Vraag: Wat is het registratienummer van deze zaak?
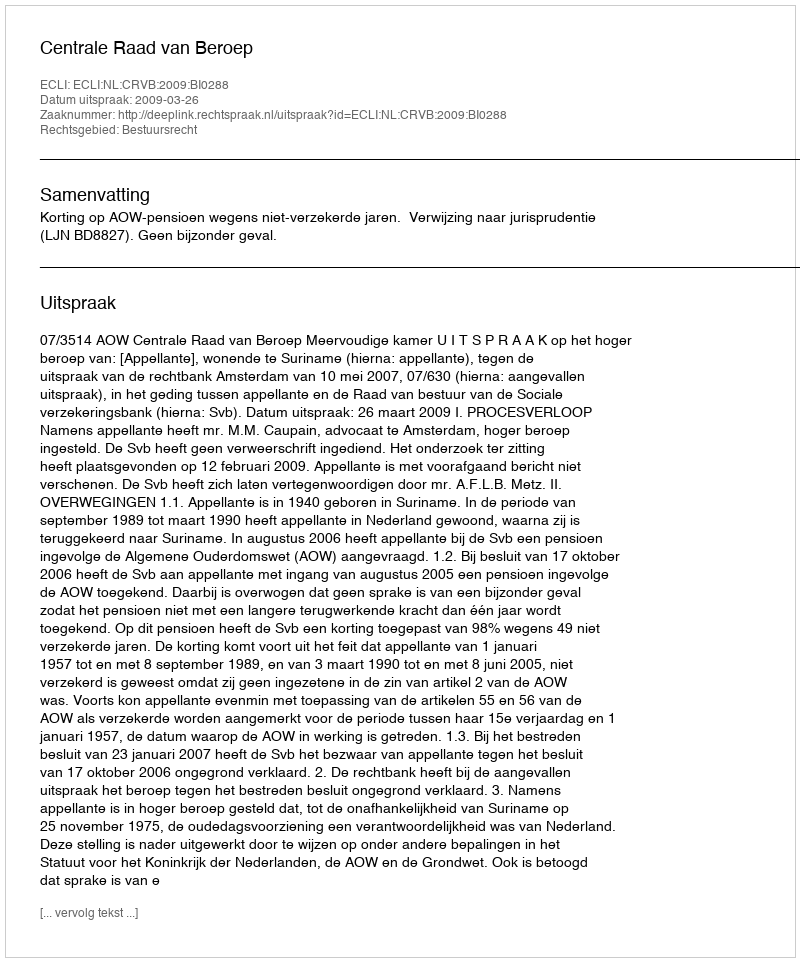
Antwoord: http://deeplink.rechtspraak.nl/uitspraak?id=ECLI:NL:CRVB:2009:BI0288